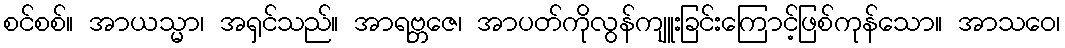
စင်စစ်။ အာယသ္မာ၊ အရှင်သည်။ အာရဗ္ဘဇေ၊ အာပတ်ကိုလွန်ကျူးခြင်းကြောင့်ဖြစ်ကုန်သော။ အာသဝေ၊